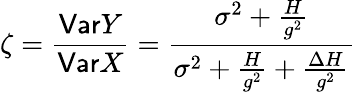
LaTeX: \zeta=\frac{\mathsf{Var}Y}{\mathsf{Var}X}=\frac{\sigma^{2}+\frac{H}{g^{2}}}{\sigma^{2}+\frac{H}{g^{2}}+\frac{\Delta H}{g^{2}}}